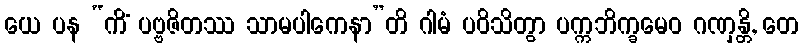
ယေ ပန “ကိံ ပဗ္ဗဇိတဿ သာမပါကေနာ”တိ ဂါမံ ပဝိသိတွာ ပက္ကဘိက္ခမေဝ ဂဏှန္တိ, တေ